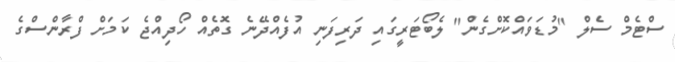
ސްޓެމް ސެލް "މުޑަވައްކޮށްގެން" ލެބޯޓަރީގައި ދަރިފަނި އުފެއްދޭނެ ގޮތެއް ހޯދިއްޖެ ކަމަށް ފްރާންސްގެ